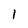
Character: l